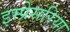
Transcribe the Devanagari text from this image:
इम्प्रेसरिया